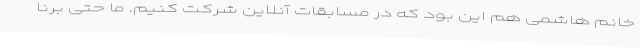
خانم هاشمی هم این بود که در مسابقات آنلاین شرکت کنیم. ما حتی برنا